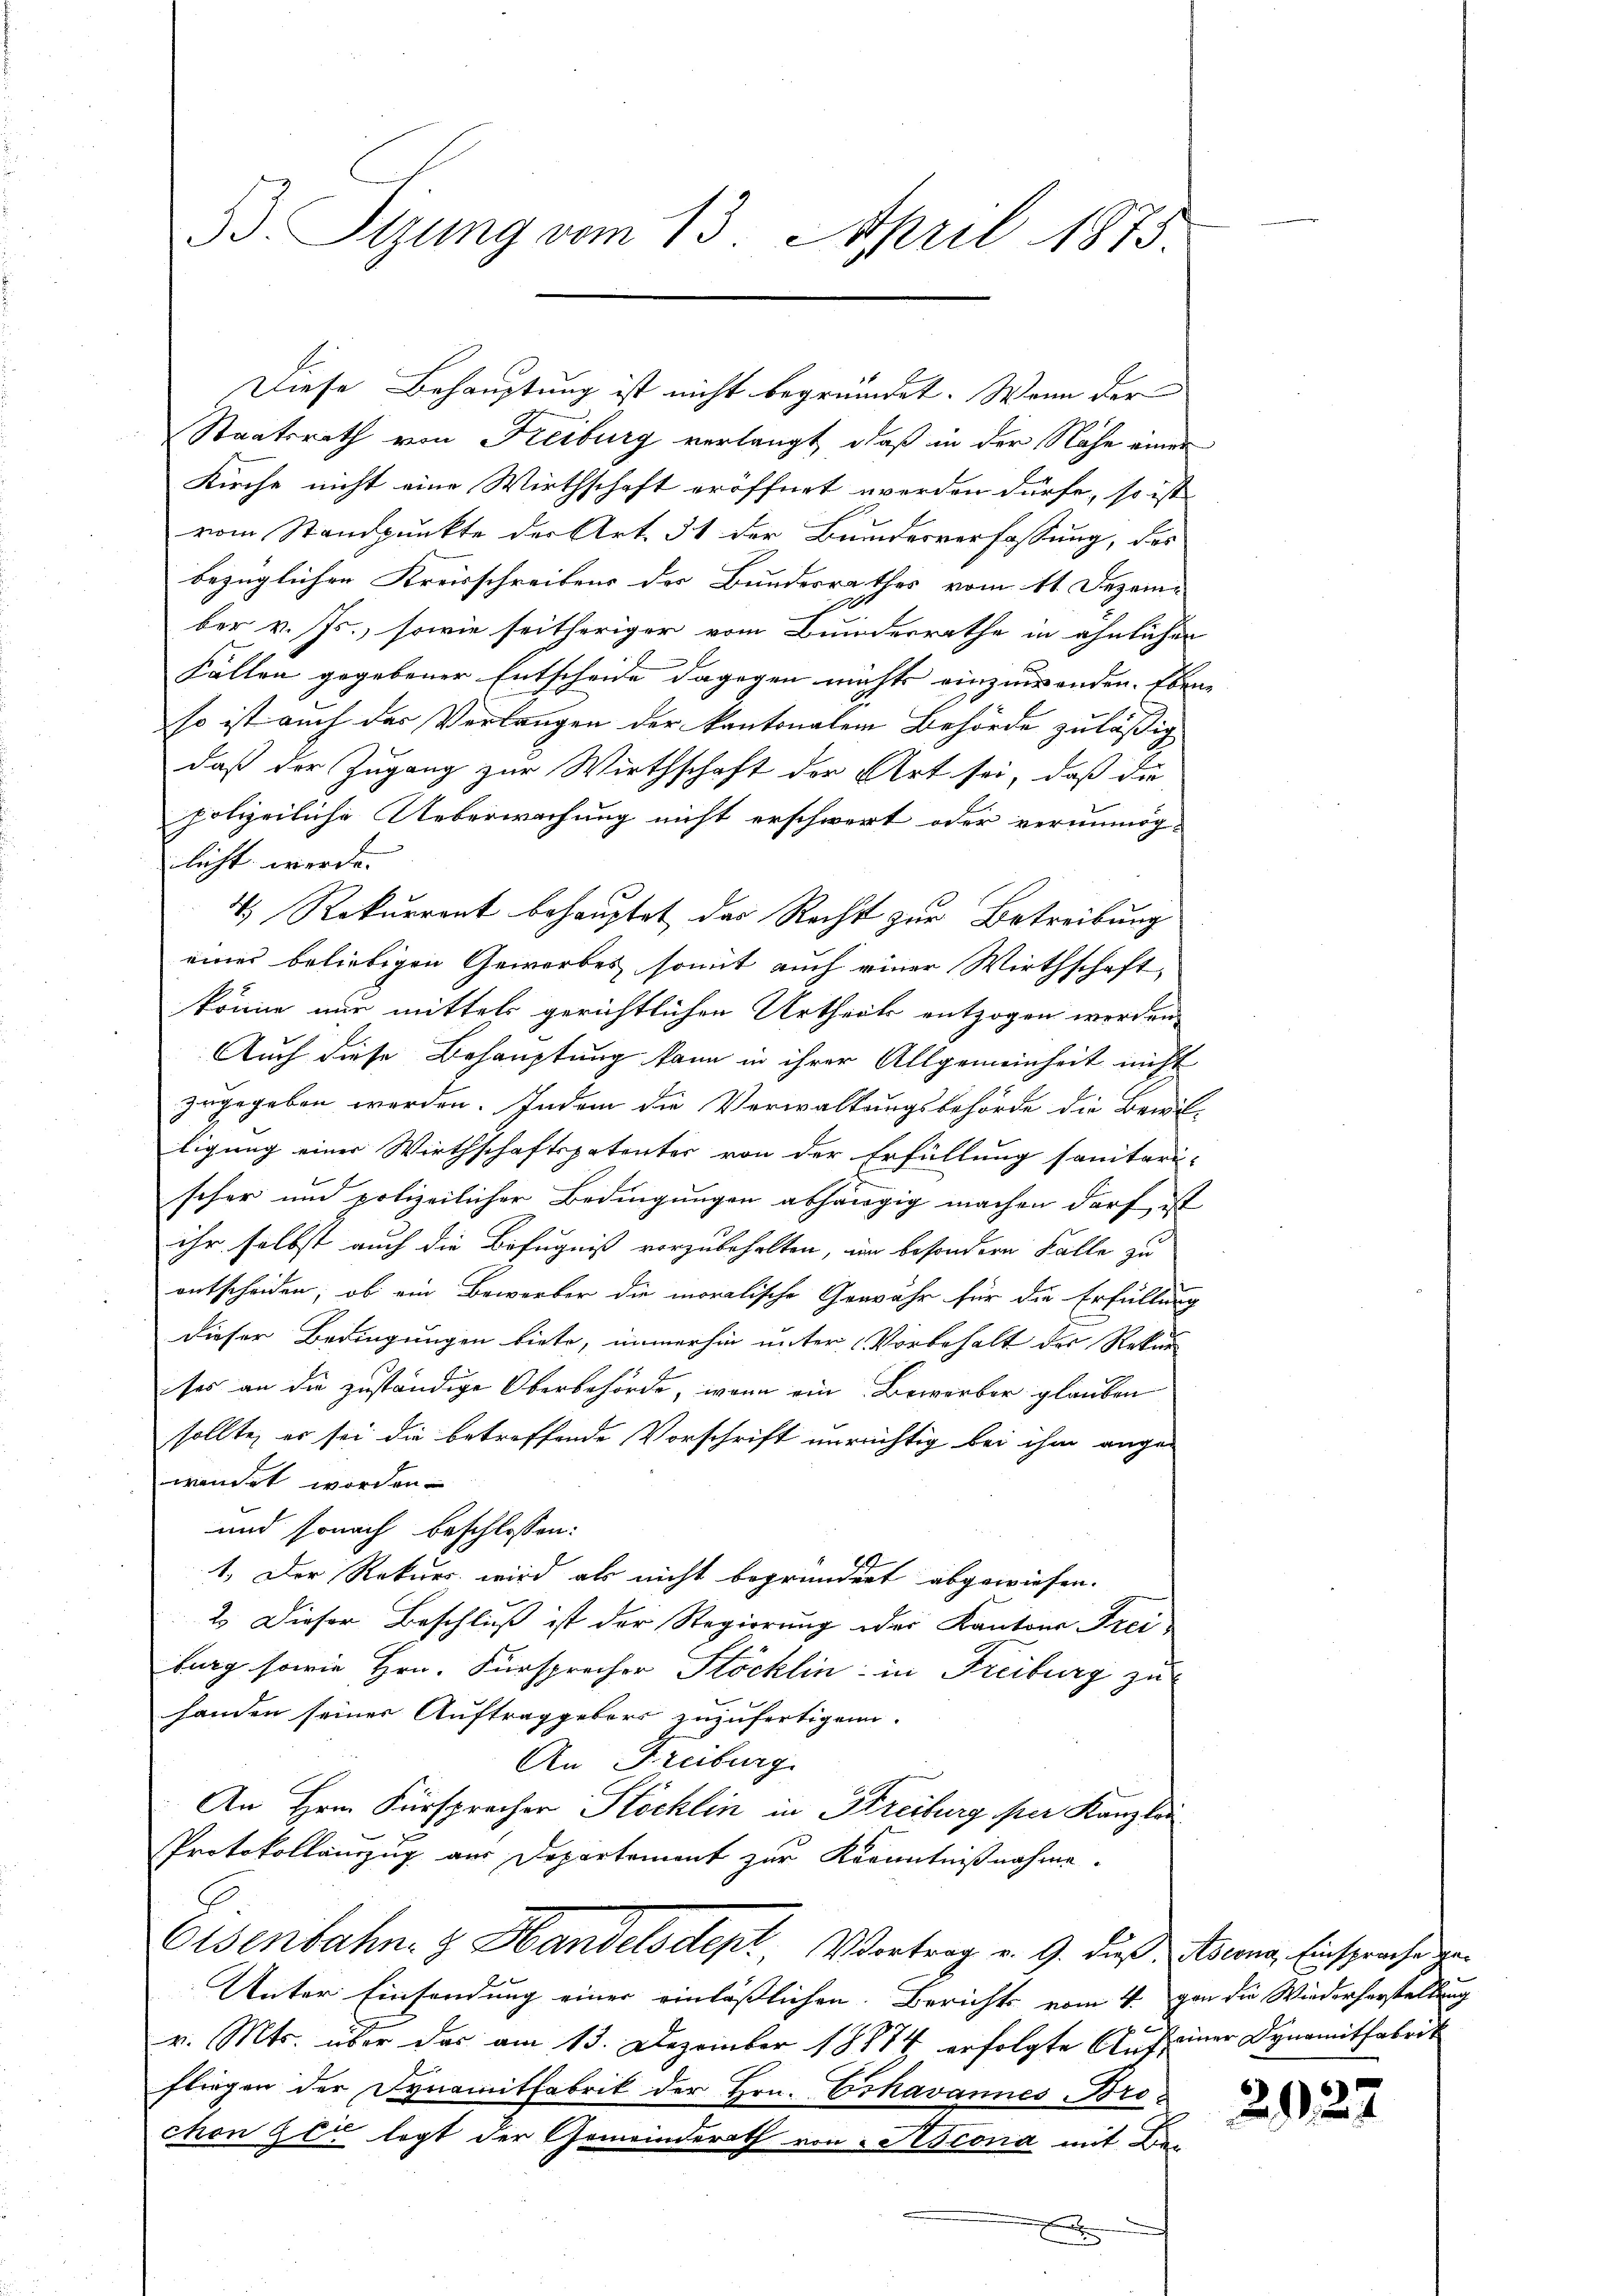
33. Sizung vom 13. April 1873.

Diese Behauptung ist nicht begründet. Wenn der
Staatsrath von Freiburg verlangt, daß in der Nahe einer
Kirche nicht eine Wirthschaft eröffnet werden dürfe, so ist
vom Standpunkte der Art. 31 der Bundesverfassung, das
bezüglichen Kreisschreibens der Bundesrathes vom 11. Dezember v. Js., sowie seitheriger vom Bunderrathe in ähnlichen
Fällen gegebener Entscheide dagegen nichts einzuwenden. Ebenso ist auch der Verlangen der kantonalem Behörde zuläßig
daß der Zugang zur Wirthschaft der Art sei, daß die
polizeiliche Ueberwachung nicht erschwert oder verunmög-
licht werde.
4.) Rekurrent behauptet das Recht zur Betreibung
einer beliebigen Gewerbes somit auch einer Wirthschaft,
könne nur mittels gerichtlichen Urtheils entzogen werden.
Auch diese Behauptung kann in ihrer Allgemeinheit nicht
zugegeben werden. Indem die Verwaltungsbehörde die Bewil-
ligung einer Wirthschaftspatenter von der Erfüllung sanitari-
scher und polizeilicher Bedingungen abhängig machen darf, ist
ihr, selbst auch die Befugniß vorzubehalten, im besondern Falle zu
entscheiden, ob ein Bewerber die moralische Gewähr für die Erfüllung
dieser Bedingungen biete, immerhin unter Vorbehalt des Rekur
ses an die zuständige Oberbehörde, wenn ein Bewerber glauben
sollte, er sei die betreffende Vorschrift unreichtig bei ihm ange-
wendet worden.
und sonach beschlossen:
1. Der Rekurs wird als nicht begründert abgewiesen.
2. Dieser Beschluß ist der Regierung oder Kantons Freiburg sowie Hrn. Fürsprecher Stöcklin in Freiburg zu
handen seiner Auftraggebors zuzufertigen.
An Freiburg
An Hrn. Fürspracher Stöcklin in Streiburg per Kanzlei
Protokollauszug aus Departement zur Kenntnißnahme.
Eisenbahn & Handelsdept, Vertrag v. 9. dieß uns, Einsprechen
Unter Einsendung einer einlässlichen Berichts vom 4. von die Wiederherstellung
v. Mts. über das am 13. Dezember 18874 erfolgte Auf einer Dynamitfabrik
fliegen der Synamitfabrik der Hrn. Eshavannes-Brochon sei legt der Gemeinderath von Selscona mit Bei
x

2922